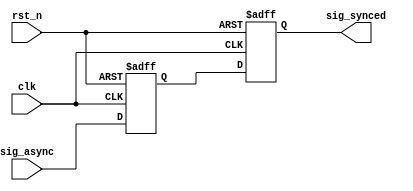
//******************************************************************
// Copyright (c) 2020 PANGO MICROSYSTEMS, INC
// ALL RIGHTS REVERVED.
//******************************************************************
module ipsl_pcie_sync_v1_0 (
    input                  clk,
    input                  rst_n,

    input                  sig_async,
    output reg             sig_synced
);

reg                      sig_async_ff;

always@(posedge clk or negedge rst_n)
begin
    if (!rst_n)
        sig_async_ff <= 1'b0;
    else
        sig_async_ff <= sig_async;
end

always@(posedge clk or negedge rst_n)
begin
    if (!rst_n)
        sig_synced <= 1'b0;
    else
        sig_synced <= sig_async_ff;
end

endmodule